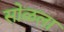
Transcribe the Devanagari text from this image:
सोळला